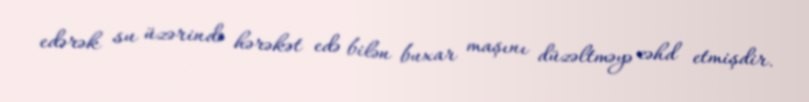
edərək su üzərində hərəkət edə bilən buxar maşını düzəltməyə cəhd etmişdir.